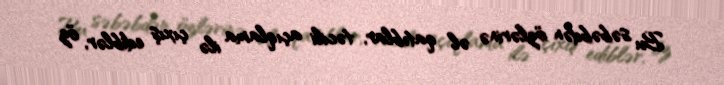
Bu səbəbdən özlərinə əl qatıblar, təcili açıqlama ilə çıxış ediblər, öz